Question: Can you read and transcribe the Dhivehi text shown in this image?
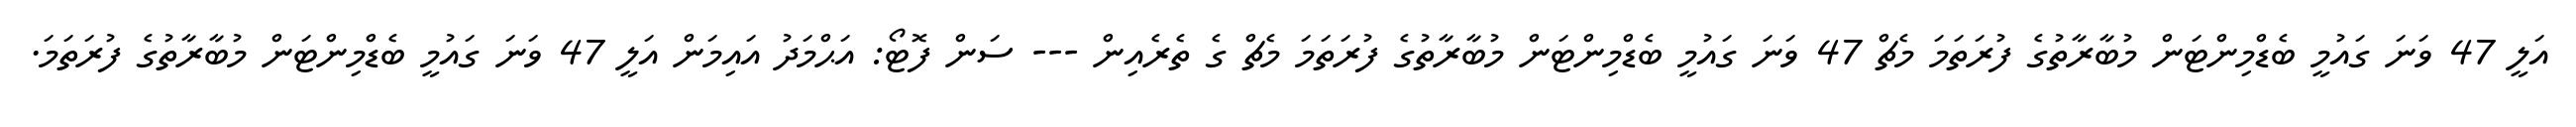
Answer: އަލީ 47 ވަނަ ގައުމީ ބެޑްމިންޓަން މުބާރާތުގެ ފުރަތަމަ މެޗް 47 ވަނަ ގައުމީ ބެޑްމިންޓަން މުބާރާތުގެ ފުރަތަމަ މެޗް ގެ ތެރެއިން --- ސަން ފޮޓޯ: އަޙްމަދު އައިމަން އަލީ 47 ވަނަ ގައުމީ ބެޑްމިންޓަން މުބާރާތުގެ ފުރަތަމަ.